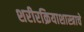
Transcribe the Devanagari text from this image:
शरीरक्रियाशास्त्राचे